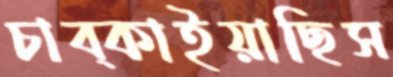
চাব্‌কাইয়াছিস